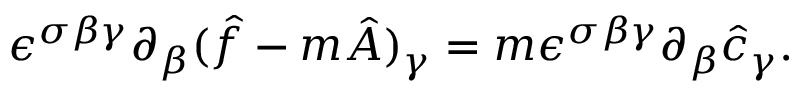
\epsilon ^ { \sigma \beta \gamma } \partial _ { \beta } ( \hat { f } - m \hat { A } ) _ { \gamma } = m \epsilon ^ { \sigma \beta \gamma } \partial _ { \beta } \hat { c } _ { \gamma } .